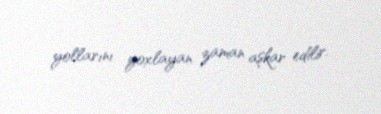
yollarını yoxlayan zaman aşkar edilir.